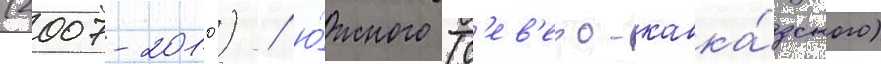
(2007-2010) / ю́жного (с'ев'еро-кавка́зского)